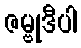
ဇမ္ဗုဒီပါ